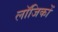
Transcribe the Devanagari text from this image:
लॉजिकों